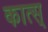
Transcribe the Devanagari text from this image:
कात्स्